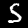
Digit: 5